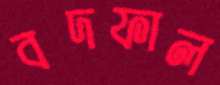
বদফাল